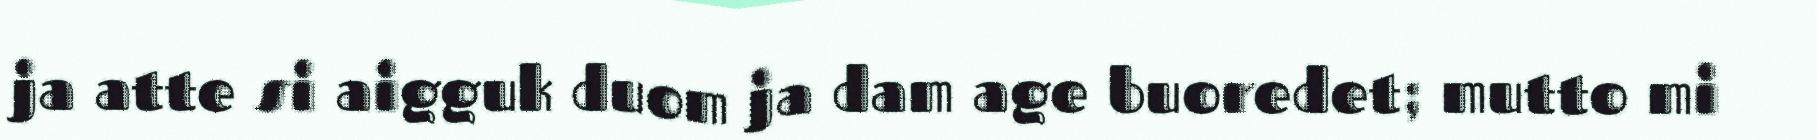
ja atte si aigguk duom ja dam age buoredet; mutto mi